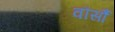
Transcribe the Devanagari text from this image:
वौर्सौ